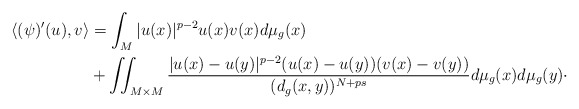
\begin{align*} \langle( \psi )'(u),v\rangle&= \int _{M} |u(x)|^{p-2} u(x)v(x)d\mu _g(x)\\& + \iint_{M\times M} \frac{|u(x)-u(y)|^{p-2}(u(x)-u(y))(v(x)-v(y))}{(d_g(x,y))^{N+ps}}d\mu _g(x)d\mu _g(y)\cdot\end{align*}